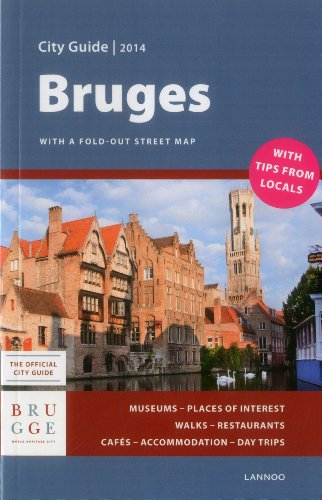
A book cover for Bruges City Guide 2014; Sophie Allegaert; Travel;